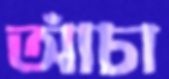
আঁচা